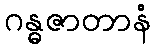
ဂန္ဓဇာတာနံ